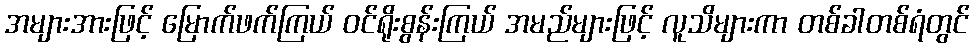
အများအားဖြင့် မြောက်ဖက်ကြယ် ဝင်ရိုးစွန်းကြယ် အမည်များဖြင့် လူသိများကာ တစ်ခါတစ်ရံတွင်